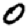
Digit: 0